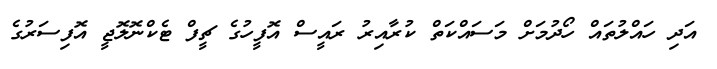
އަދި ހައްލުތައް ހޯދުމަށް މަސައްކަތް ކުރާއިރު ރައީސް އޮފީހުގެ ޗީފް ޓެކްނޮލޮޖީ އޮފިސަރުގެ